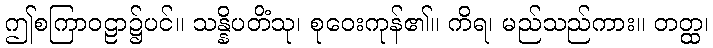
ဤစကြာဝဠာ၌ပင်။ သန္နိပတိံသု၊ စုဝေးကုန်၏။ ကိရ၊ မည်သည်ကား။ တတ္ထ၊